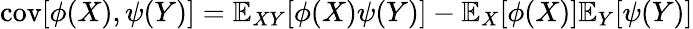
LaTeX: \operatorname{cov}[\phi(X),\psi(Y)]=\mathbb{E}_{XY}[\phi(X)\psi(Y)]-\mathbb{E}_{X}[\phi(X)]\mathbb{E}_{Y}[\psi(Y)]